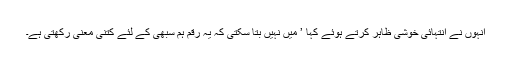
انہوں نے انتہائی خوشی ظاہر کرتے ہوئے کہا ’ میں نہیں بتا سکتی کہ یہ رقم ہم سبھی کے لئے کتنی معنیٰ رکھتی ہے۔